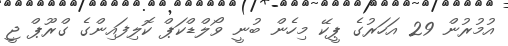
އުމުރުން 29 އަހަރުގެ ޕީކޭ މިހެން ބުނީ ވޯލްޑްކަޕް ކޮލިފައިންގެ ގްރޫޕް ޖީ